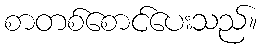
စာတစ်စောင်ပေးသည်။